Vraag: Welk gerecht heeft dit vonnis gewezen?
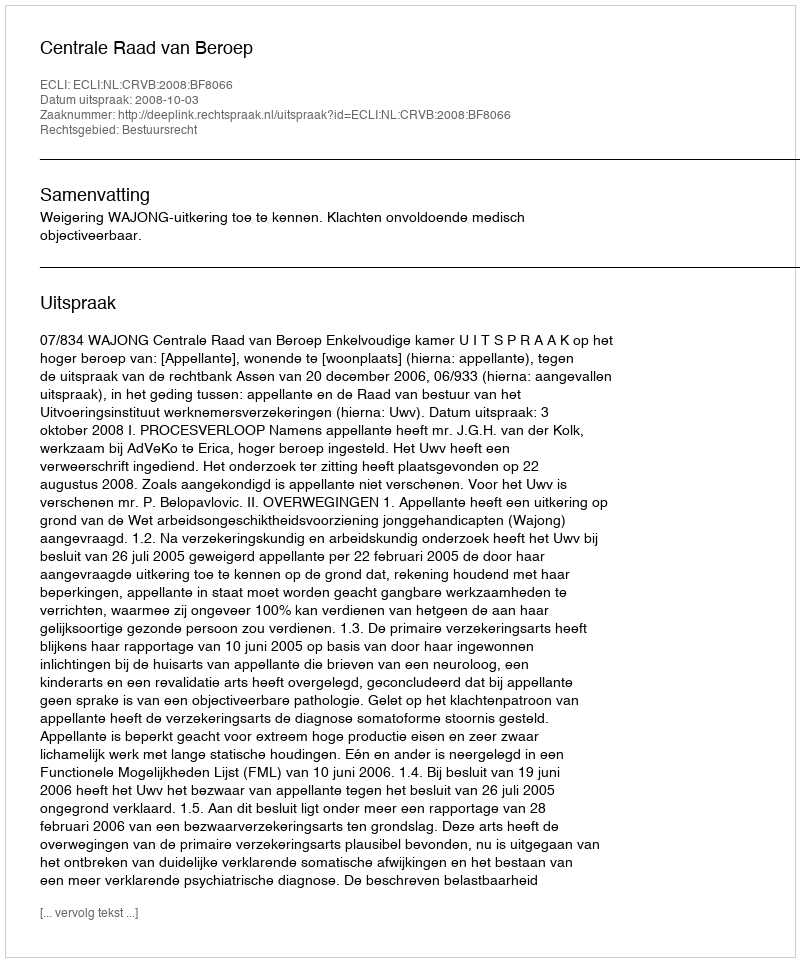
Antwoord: Centrale Raad van Beroep